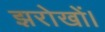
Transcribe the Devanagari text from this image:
झरोखों।